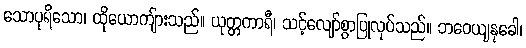
သောပုရိသော၊ ထိုယောကျ်ားသည်။ ယုတ္တကာရီ၊ သင့်လျော်စွာပြုလုပ်သည်။ ဘဝေယျနုခေါ၊